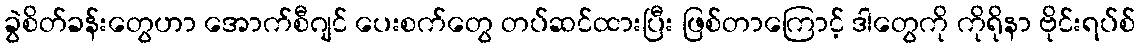
ခွဲစိတ်ခန်းတွေဟာ အောက်စီဂျင် ပေးစက်တွေ တပ်ဆင်ထားပြီး ဖြစ်တာကြောင့် ဒါတွေကို ကိုရိုနာ ဗိုင်းရပ်စ်